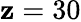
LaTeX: \mathbf{z}=30